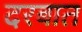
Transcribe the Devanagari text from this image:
दरबात